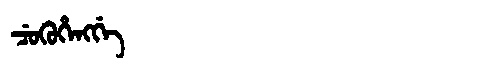
Manchu: ᠴᡠᡴᡠᡥᡝᠩᡤᡝ
Romanization: CUKUHENGGE